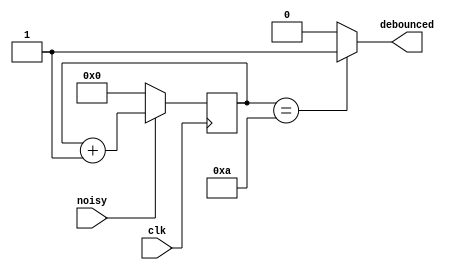
`timescale 1ns / 1ps


module debouncer#(parameter N=10,                   //parameter N=10, K=4 
                  parameter K=4)(
    input       clk,                                //input clk,noisy 
    input       noisy,
    output      debounced                           //output debounced
    );
    
    
    reg [K-1:0] count;                              //reg  Kbit count  
    
    
    always @(posedge clk)                           //clk  edge   
    begin
        if(noisy) count <= count + 1'b1;            //noisy=1  count +1
        else      count <=0;                        //noisy=0  count = 0
    end
    
    assign debounced = (count == N) ? 1'b1 : 1'b0;  //debounced count N  1   0
    
endmodule